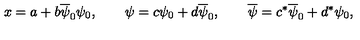
x = a + b \overline { { \psi } } _ { 0 } \psi _ { 0 } , \qquad \psi = c \psi _ { 0 } + d \overline { { \psi } } _ { 0 } , \qquad \overline { { \psi } } = c ^ { * } \overline { { \psi } } _ { 0 } + d ^ { * } \psi _ { 0 } ,